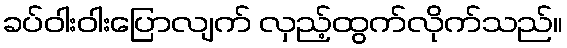
ခပ်ဝါးဝါးပြောလျက် လှည့်ထွက်လိုက်သည်။